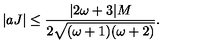
| a J | \leq \frac { | 2 \omega + 3 | M } { 2 \sqrt { ( \omega + 1 ) ( \omega + 2 ) } } .